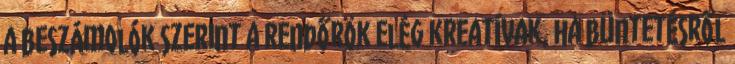
a beszámolók szerint a rendőrök elég kreatívak, ha büntetésről